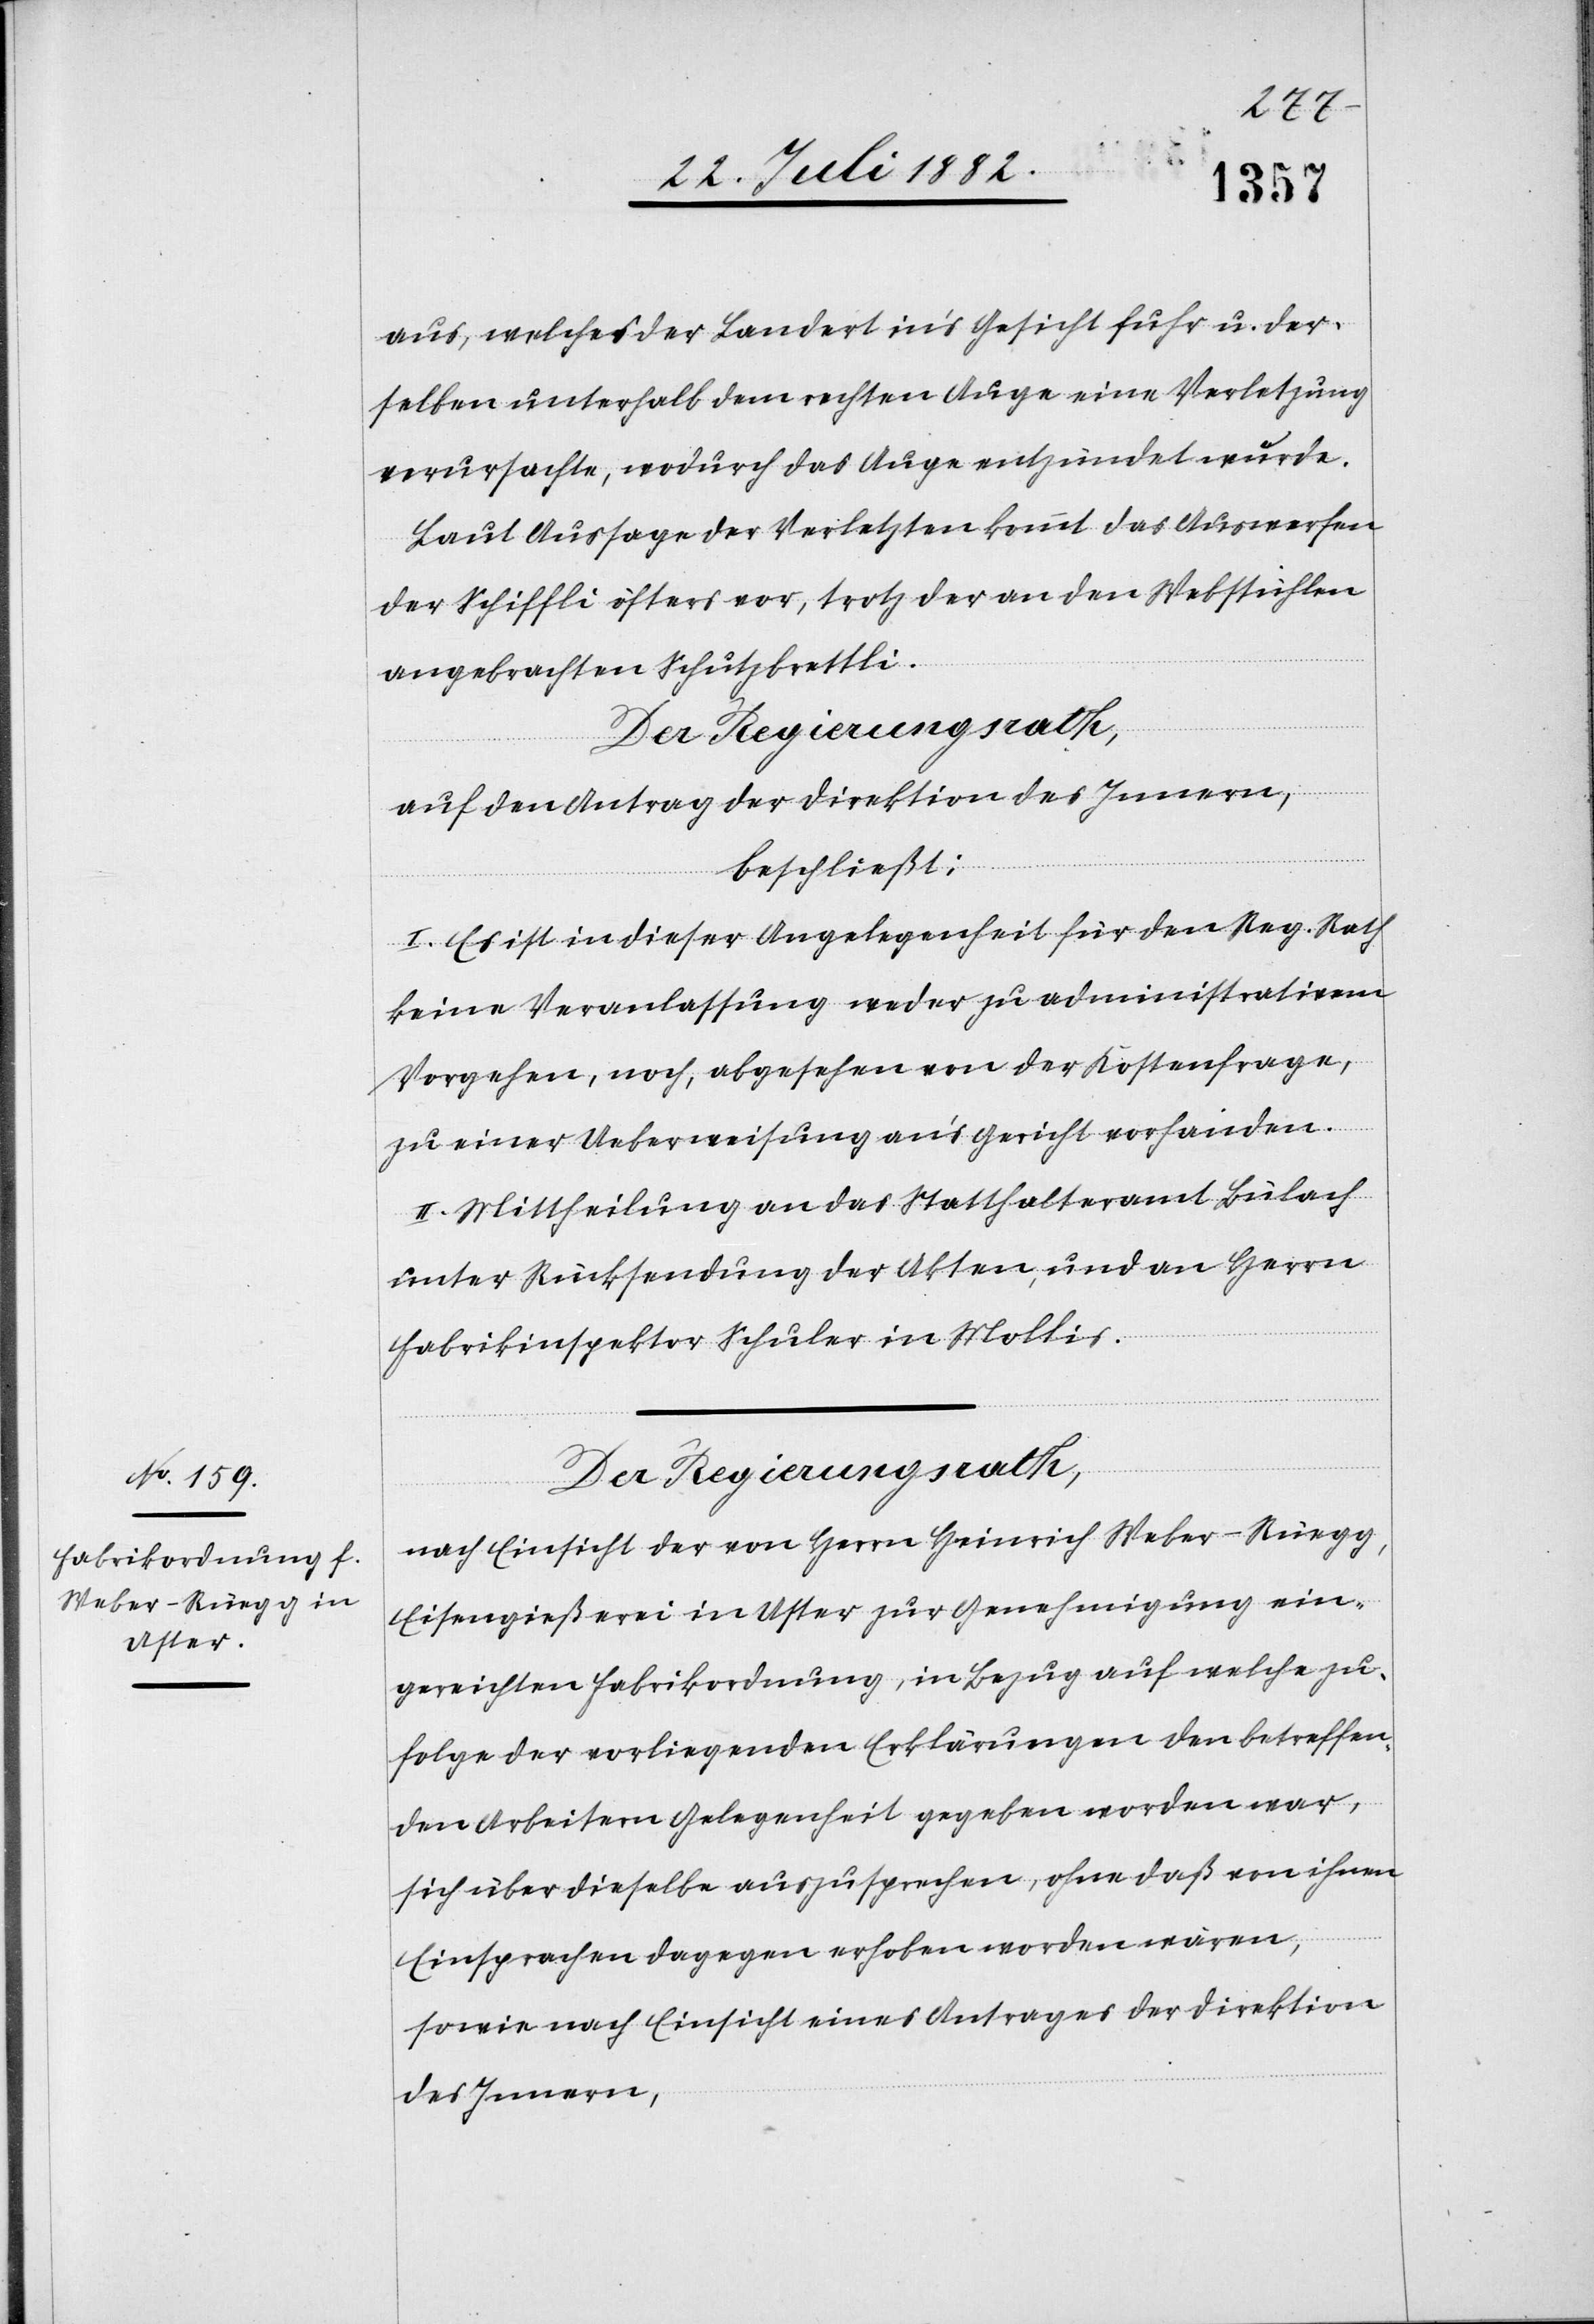
aus, welches der Landert in’s Gesicht fuhr u. der¬
selben unterhalb dem rechten Auge eine Verletzung
verursachte, wodurch das Auge entzündet wurde.
Laut Aussage der Verletzten kommt das Auswerfen
der Schiffli öfters vor, trotz der an den Webstühlen
angebrachten Schutzbrettli.
Der Regierungsrath,
auf den Antrag der Direktion des Innern,
beschließt:
I. Es ist in dieser Angelegenheit für den Reg. Rath
keine Veranlassung weder zu administrativem
Vorgehen noch, abgesehen von der Kostenfrage,
zu einer Ueberweisung an’s Gericht vorhanden.
II. Mittheilung an das Statthalteramt Bülach
unter Rücksendung der Akten, und an Herrn
Fabrikinspektor Schuler in Mollis.
Der Regierungsrath,
nach Einsicht der von Herrn Heinrich Weber-Rüegg,
Eisengießerei in Uster zur Genehmigung ein¬
gereichten Fabrikordnung, in Bezug auf welche zu¬
folge der vorliegenden Erklärungen den betreffen¬
den Arbeitern Gelegenheit gegeben worden war,
sich über dieselbe auszusprechen, ohne daß von ihnen
sowie nach Einsicht eines Antrages der Direktion
des Innern,